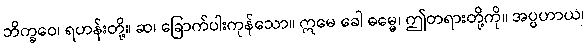
ဘိက္ခဝေ၊ ရဟန်းတို့။ ဆ၊ ခြောက်ပါးကုန်သော။ ဣမေ ခေါ ဓမ္မေ၊ ဤတရားတို့ကို။ အပ္ပဟာယ၊